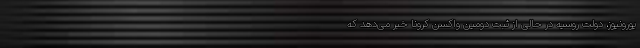
یورونیوز، دولت روسیه در حالی از ثبت دومین واکسن کرونا خبر می‌دهد که